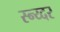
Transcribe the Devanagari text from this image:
स्न्य्दर